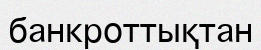
банкроттықтан